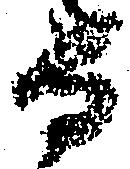
守